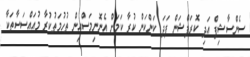
ސެންސާޝިޕް އަދި ކޮރަޕްޝަން ފަދަ ކަންކަން ކުރާ ކަމަށް އެނޮނިމަސްއިން ތުހުމަތުކުރާ މުއައްސަސާތަކާ